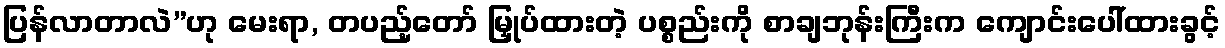
ပြန်လာတာလဲ”ဟု မေးရာ, တပည့်တော် မြှုပ်ထားတဲ့ ပစ္စည်းကို စာချဘုန်းကြီးက ကျောင်းပေါ်ထားခွင့်